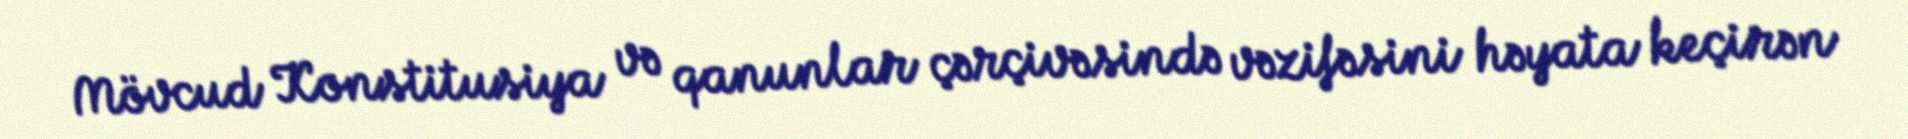
Mövcud Konstitusiya və qanunlar çərçivəsində vəzifəsini həyata keçirən